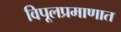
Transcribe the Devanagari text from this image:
विपूलप्रमाणात